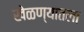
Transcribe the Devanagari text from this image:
खेळण्यातला